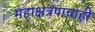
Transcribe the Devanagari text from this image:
महाक्षत्रपाचाही